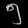
Digit: ၅